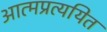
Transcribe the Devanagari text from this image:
आत्मप्रत्ययित